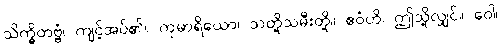
သိက္ခိတဗ္ဗံ၊ ကျင့်အပ်၏။ ကုမာရိယော၊ သတို့သမီးတို့။ ဧဝံဟိ၊ ဤသို့လျှင်။ ဝေါ၊